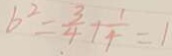
b ^ { 2 } = \frac { 3 } { 4 } + \frac { 1 } { 4 } = 1